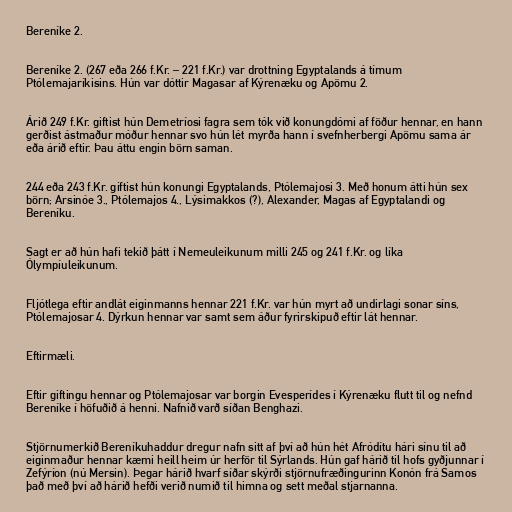
Bereníke 2.

Bereníke 2. (267 eða 266 f.Kr. – 221 f.Kr.) var drottning Egyptalands á tímum
Ptólemajaríkisins. Hún var dóttir Magasar af Kýrenæku og Apömu 2.

Árið 249 f.Kr. giftist hún Demetríosi fagra sem tók við konungdómi af föður hennar, en hann
gerðist ástmaður móður hennar svo hún lét myrða hann í svefnherbergi Apömu sama ár
eða árið eftir. Þau áttu engin börn saman.

244 eða 243 f.Kr. giftist hún konungi Egyptalands, Ptólemajosi 3. Með honum átti hún sex
börn; Arsinóe 3., Ptólemajos 4., Lýsimakkos (?), Alexander, Magas af Egyptalandi og
Bereníku.

Sagt er að hún hafi tekið þátt í Nemeuleikunum milli 245 og 241 f.Kr. og líka
Ólympíuleikunum.

Fljótlega eftir andlát eiginmanns hennar 221 f.Kr. var hún myrt að undirlagi sonar síns,
Ptólemajosar 4. Dýrkun hennar var samt sem áður fyrirskipuð eftir lát hennar.

Eftirmæli.

Eftir giftingu hennar og Ptólemajosar var borgin Evesperídes í Kýrenæku flutt til og nefnd
Bereníke í höfuðið á henni. Nafnið varð síðan Benghazi.

Stjörnumerkið Bereníkuhaddur dregur nafn sitt af því að hún hét Afródítu hári sínu til að
eiginmaður hennar kæmi heill heim úr herför til Sýrlands. Hún gaf hárið til hofs gyðjunnar í
Zefýríon (nú Mersin). Þegar hárið hvarf síðar skýrði stjörnufræðingurinn Konón frá Samos
það með því að hárið hefði verið numið til himna og sett meðal stjarnanna.